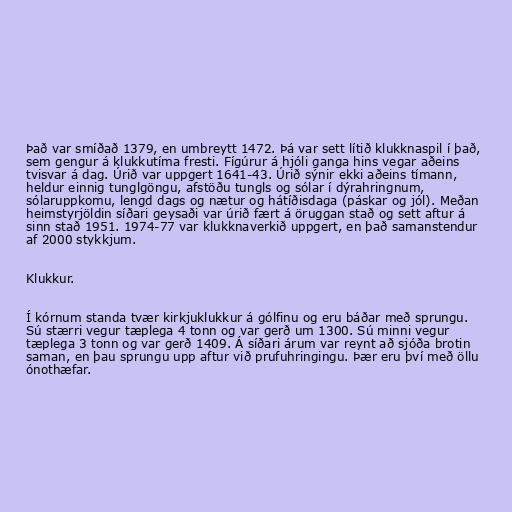
Það var smíðað 1379, en umbreytt 1472. Þá var sett lítið klukknaspil í það,
sem gengur á klukkutíma fresti. Fígúrur á hjóli ganga hins vegar aðeins
tvisvar á dag. Úrið var uppgert 1641-43. Úrið sýnir ekki aðeins tímann,
heldur einnig tunglgöngu, afstöðu tungls og sólar í dýrahringnum,
sólaruppkomu, lengd dags og nætur og hátíðisdaga (páskar og jól). Meðan
heimstyrjöldin síðari geysaði var úrið fært á öruggan stað og sett aftur á
sinn stað 1951. 1974-77 var klukknaverkið uppgert, en það samanstendur
af 2000 stykkjum.

Klukkur.

Í kórnum standa tvær kirkjuklukkur á gólfinu og eru báðar með sprungu.
Sú stærri vegur tæplega 4 tonn og var gerð um 1300. Sú minni vegur
tæplega 3 tonn og var gerð 1409. Á síðari árum var reynt að sjóða brotin
saman, en þau sprungu upp aftur við prufuhringingu. Þær eru því með öllu
ónothæfar.